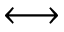
\longleftrightarrow